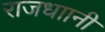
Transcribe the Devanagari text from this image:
राजधाानी